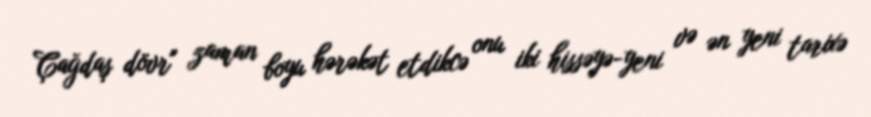
Çağdaş dövr" zaman boyu hərəkət etdikcə onu iki hissəyə-yeni və ən yeni tarixə